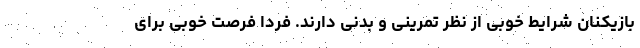
بازیکنان شرایط خوبی از نظر تمرینی و بدنی دارند. فردا فرصت خوبی برای